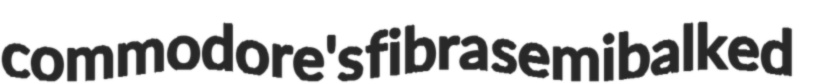
commodore's fibra semibalked